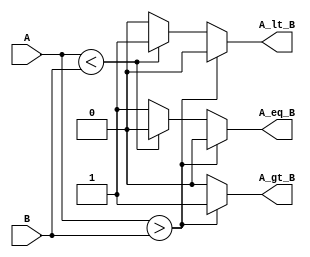
module param_comparator #(
    parameter WIDTH = 8  // Default width is 8 bits
)(
    input  [WIDTH-1:0] A,  // Input A
    input  [WIDTH-1:0] B,  // Input B
    output reg A_gt_B,      // Output: A > B
    output reg A_lt_B,      // Output: A < B
    output reg A_eq_B       // Output: A == B
);

    // Combinational logic for comparison
    always @(*) begin
        A_gt_B = 0;  // Default value
        A_lt_B = 0;  // Default value
        A_eq_B = 0;  // Default value

        if (A > B) begin
            A_gt_B = 1;   // A is greater than B
        end else if (A < B) begin
            A_lt_B = 1;   // A is less than B
        end else begin
            A_eq_B = 1;   // A is equal to B
        end
    end

endmodule